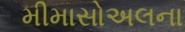
મીમાસોઅલના